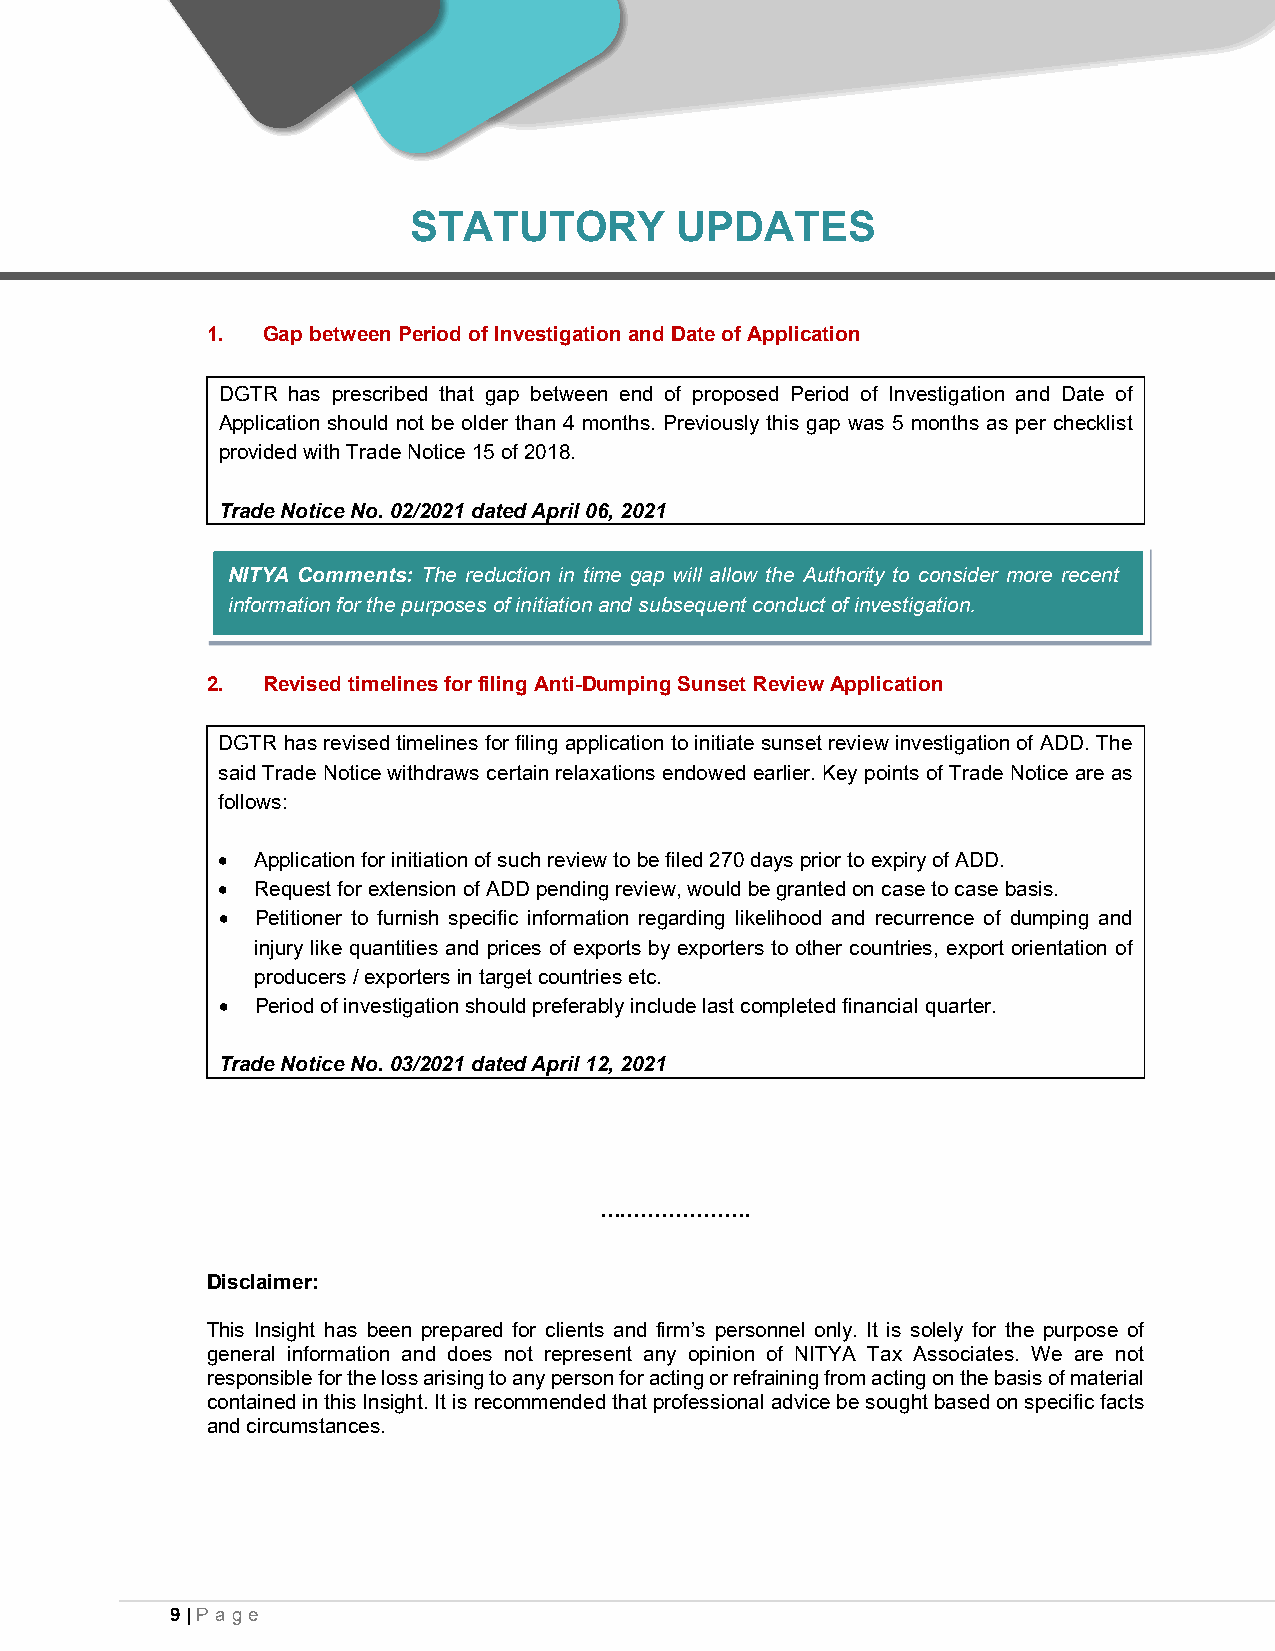
STATUTORY         UPDATES
 1. Gap between Period of Investigation and Date of Application
 DGTR has prescribed that gap between end of proposed Period of Investigation and Date of
 Application should not be older than 4 months. Previously this gap was 5 months as per checklist
 provided with Trade Notice 15 of 2018.
 Trade Notice No. 02/2021 dated April 06, 2021
 NITYA Comments: The reduction in time gap will allow the Authority to consider more recent
 information for the purposes of initiation and subsequent conduct of investigation.
 2. Revised timelines for filing Anti-Dumping Sunset Review Application
 DGTR has revised timelines for filing application to initiate sunset review investigation of ADD. The
 said Trade Notice withdraws certain relaxations endowed earlier. Key points of Trade Notice are as
 follows:
 •  Application for initiation of such review to be filed 270 days prior to expiry of ADD.
 •  Request for extension of ADD pending review, would be granted on case to case basis.
 •  Petitioner to furnish specific information regarding likelihood and recurrence of dumping and
 injury like quantities and prices of exports by exporters to other countries, export orientation of
 producers / exporters in target countries etc.
 •  Period of investigation should preferably include last completed financial quarter.
 Trade Notice No. 03/2021 dated April 12, 2021
 ………………….
 Disclaimer:
 This Insight has been prepared for clients and firm’s personnel only. It is solely for the purpose of
 general information and does not represent any opinion of NITYA Tax Associates. We are not
 responsible for the loss arising to any person for acting or refraining from acting on the basis of material
 contained in this Insight. It is recommended that professional advice be sought based on specific facts
 and circumstances.
 9 | Pa ge